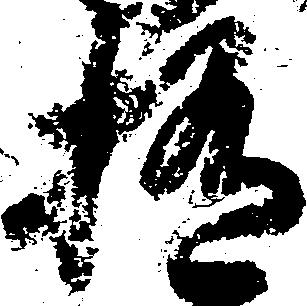
極